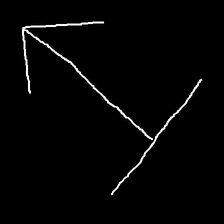
Glyph: levitation